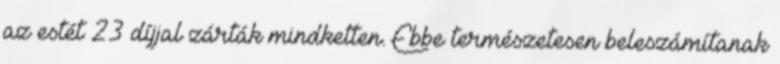
az estét 23 díjjal zárták mindketten. Ebbe természetesen beleszámítanak